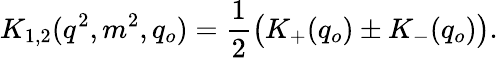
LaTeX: K_{1,2}(q^{2},m^{2},q_{o})={\frac{1}{2}}\big(K_{+}(q_{o})\pm K_{-}(q_{o})\big).